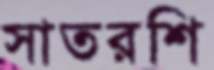
সাতরশি